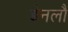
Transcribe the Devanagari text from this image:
डेनलौ